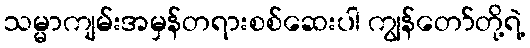
သမ္မာကျမ်းအမှန်တရားစစ်ဆေးပါ ကျွန်တော်တို့ရဲ့